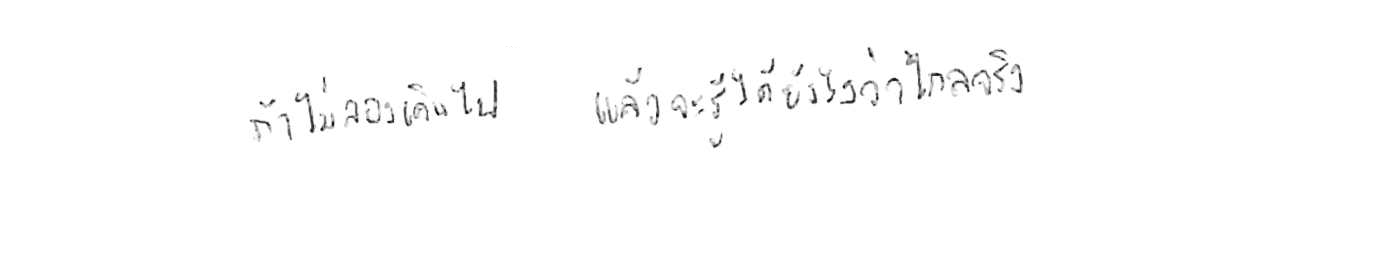
ถ้าไม่ลองเดินไป แล้วจะรู้ได้ยังไงว่าไกลจริง